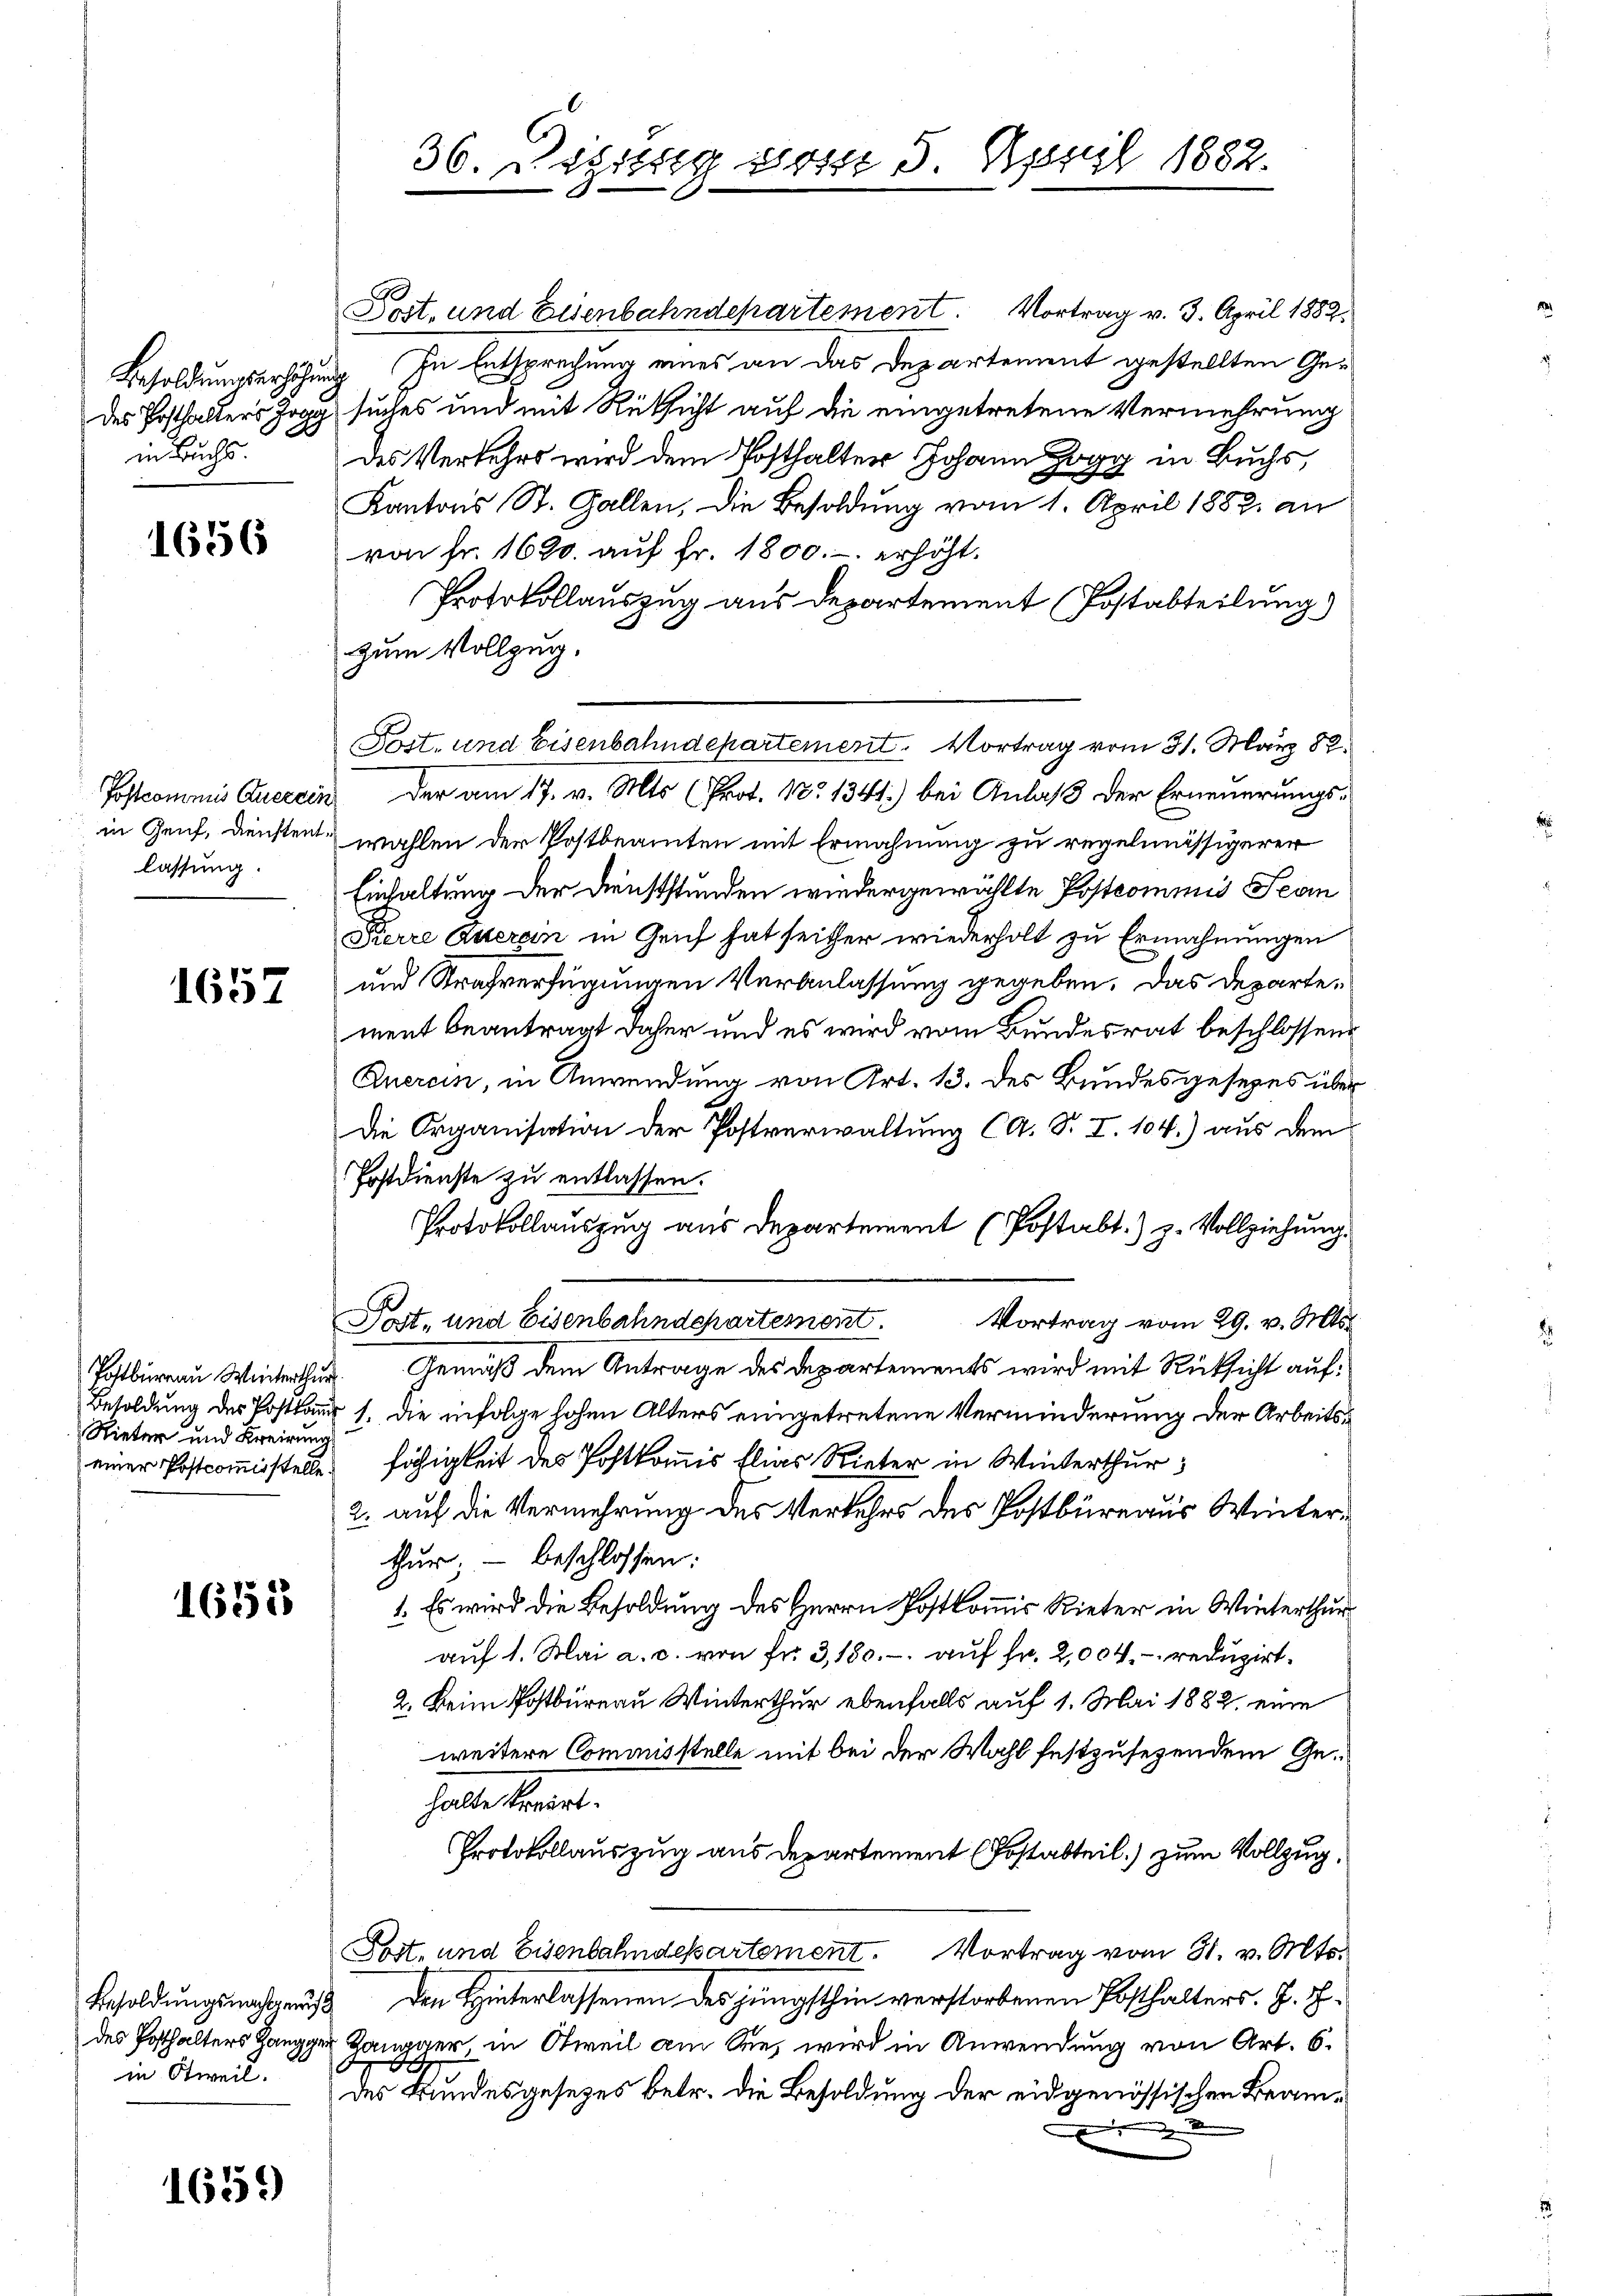
des Posthalters Jo
in Buchs.

1656

Postcommis Querein
in Genf, Dienstentlassung.

1657

Postbureau Winterthur
Besoldung der Postkam
Rieter und Breirung
einer Postcommisstelle.

1655

Besoldungsnachgewis
des Hofhalters Zangger
in Stweil.

1659)

Post. und Eisenbahndepartement. Vortrag v. 3. April 1882
Besoldungserhöhung. In Entsprechung eines an das Departement gestellten Gesuches und mit Rüksicht auf die eingetretene Vermehrung
des Verkehrs wird dem Posthalter Johann da in Buchs,
Kantons St. Gallen, die Besoldung vom 1. April 1882 an
von fr. 1620. auf fr. 1800.- erhöht.
Protokollauszug aus Departement (Postabteilung)
Zum Vollzug.
Der am 17. v. Mts. (Prot. N. 1341) bei Anlaß der Erneuerungswahlen der Postbeamten mit Ermahnung zu regelmässigerer
Einhaltung der Dreiststunden wiedergewählte Postcommis Jean
Pierre Querein in Genf hat seither wiederholt zu Ermahnungen
und Strafverfügungen Veranlassung gegeben. Das Departement beantragt daher und es wird vom Bundesrat beschlossene
Querein, in Anwendung von Art. 13. des Bundesgesezes über
Die Organisation der Postverwaltung CG. S. I. 104.) aus dem
Postdienste zu entlassen.
Protokollauszug aus Departement (Postabt.) z. Vollziehung.
Post, und Eisenbahndepartement. Vortrag vom 29. v. Mts.
Gemäß dem Antrage des Departements wird mit Rücksicht auf¬
1. Die infolge hohen Alters eingetretene Verminderung der Arbeitsfähigkeit des Postkommis Elias Rieter in Winterthur,
2. auf die Vermehrung des Verkehrs des Postbüreaus Winterthur, – beschlossen:
1. Es wird die Besoldung des Herrn Postkommis Rieter in Winterthur
auf 1. Mai a. c. von fr. 3,180. - auf fr. 2,004. reduzirt.
2. Keim Postbüreau Winterthur ebenfalls auf 1. Mai 1882, eine
weitere Commisstelle mit bei der Wahl festzusehendem Ge¬
Tadellant.
Protokollauszug aus Departement (Postabteil) zum Vollzug.
Post- und Eisenbahndepartement. Vortrag vom 31. v. Mts.
Den Hinterlassenen des jüngsthin verstorbenen Posthalters. J. H.
Hangger, in Otweil am See, wird in Anwendung von Art. 6.
des Bundesgesetzes betr. die Besoldung der eidgenössischen Beam¬

6
36. Digung vom 5. April 1882.

Post- und Eisenbahndepartement. Vortrag vom 31. März 82.

2